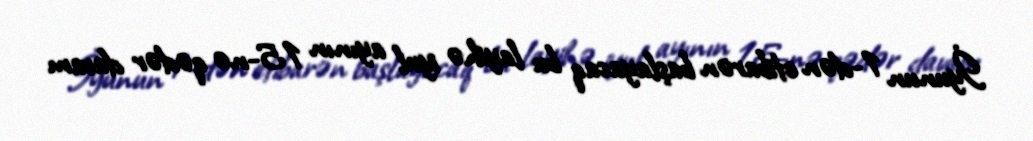
İyunun 1-dən etibarən başlayacaq bu layihə iyul ayının 15-nə qədər davam